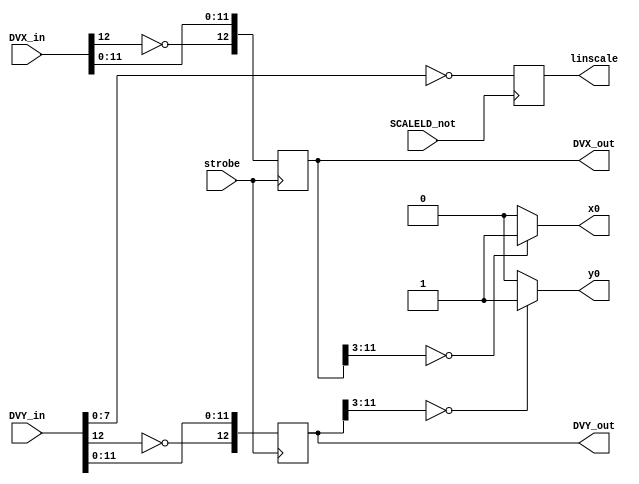
`timescale 1ns / 1ps
//////////////////////////////////////////////////////////////////////////////////
// Company: 
// Engineer: 
// 
// Design Name: 
// Module Name:    data_out 
// Project Name: 
// Target Devices: 
// Tool versions: 
// Description: 
//
// Dependencies: 
//
// Revision: 
// Revision 0.01 - File Created
// Additional Comments: 
//
//////////////////////////////////////////////////////////////////////////////////
module data_out(
	input [12:0] DVX_in,
	input [12:0] DVY_in,
	input strobe,
	input SCALELD_not,
	output reg [12:0] DVX_out,
	output reg [12:0] DVY_out,
	output reg [7:0] linscale,
	output reg x0,
	output reg y0
   );
	

	reg [12:0] DVY_in_inv;
	reg [12:0] DVX_in_inv;
	reg [12:0] DVXa;
	reg [12:0] DVYa;
	
	always @(DVX_out) begin
		if (DVX_out[11:3] == 9'h000) begin
			x0 = 1;
			end
		else begin
			x0 = 0;
			end
		end
		
	always @(DVY_out) begin
		if (DVY_out[11:3] == 9'h000) begin
			y0 = 1;
			end
		else begin
			y0 = 0;
			end
		end

	
	always @(negedge SCALELD_not) begin
		linscale = ~DVY_in[7:0];
		end
	

	always @(DVX_in or DVY_in) begin
		DVXa = DVX_in; 
		DVYa = DVY_in; 
		end
	
	always @(DVXa) begin
		DVX_in_inv[11:0] = DVXa[11:0];
		DVY_in_inv[11:0] = DVYa[11:0];
		DVX_in_inv[12] = ~DVXa[12];
		DVY_in_inv[12] = ~DVYa[12];
		end

	
	always @(negedge strobe) begin
		DVX_out = DVX_in_inv;
		DVY_out = DVY_in_inv;
		end


endmodule